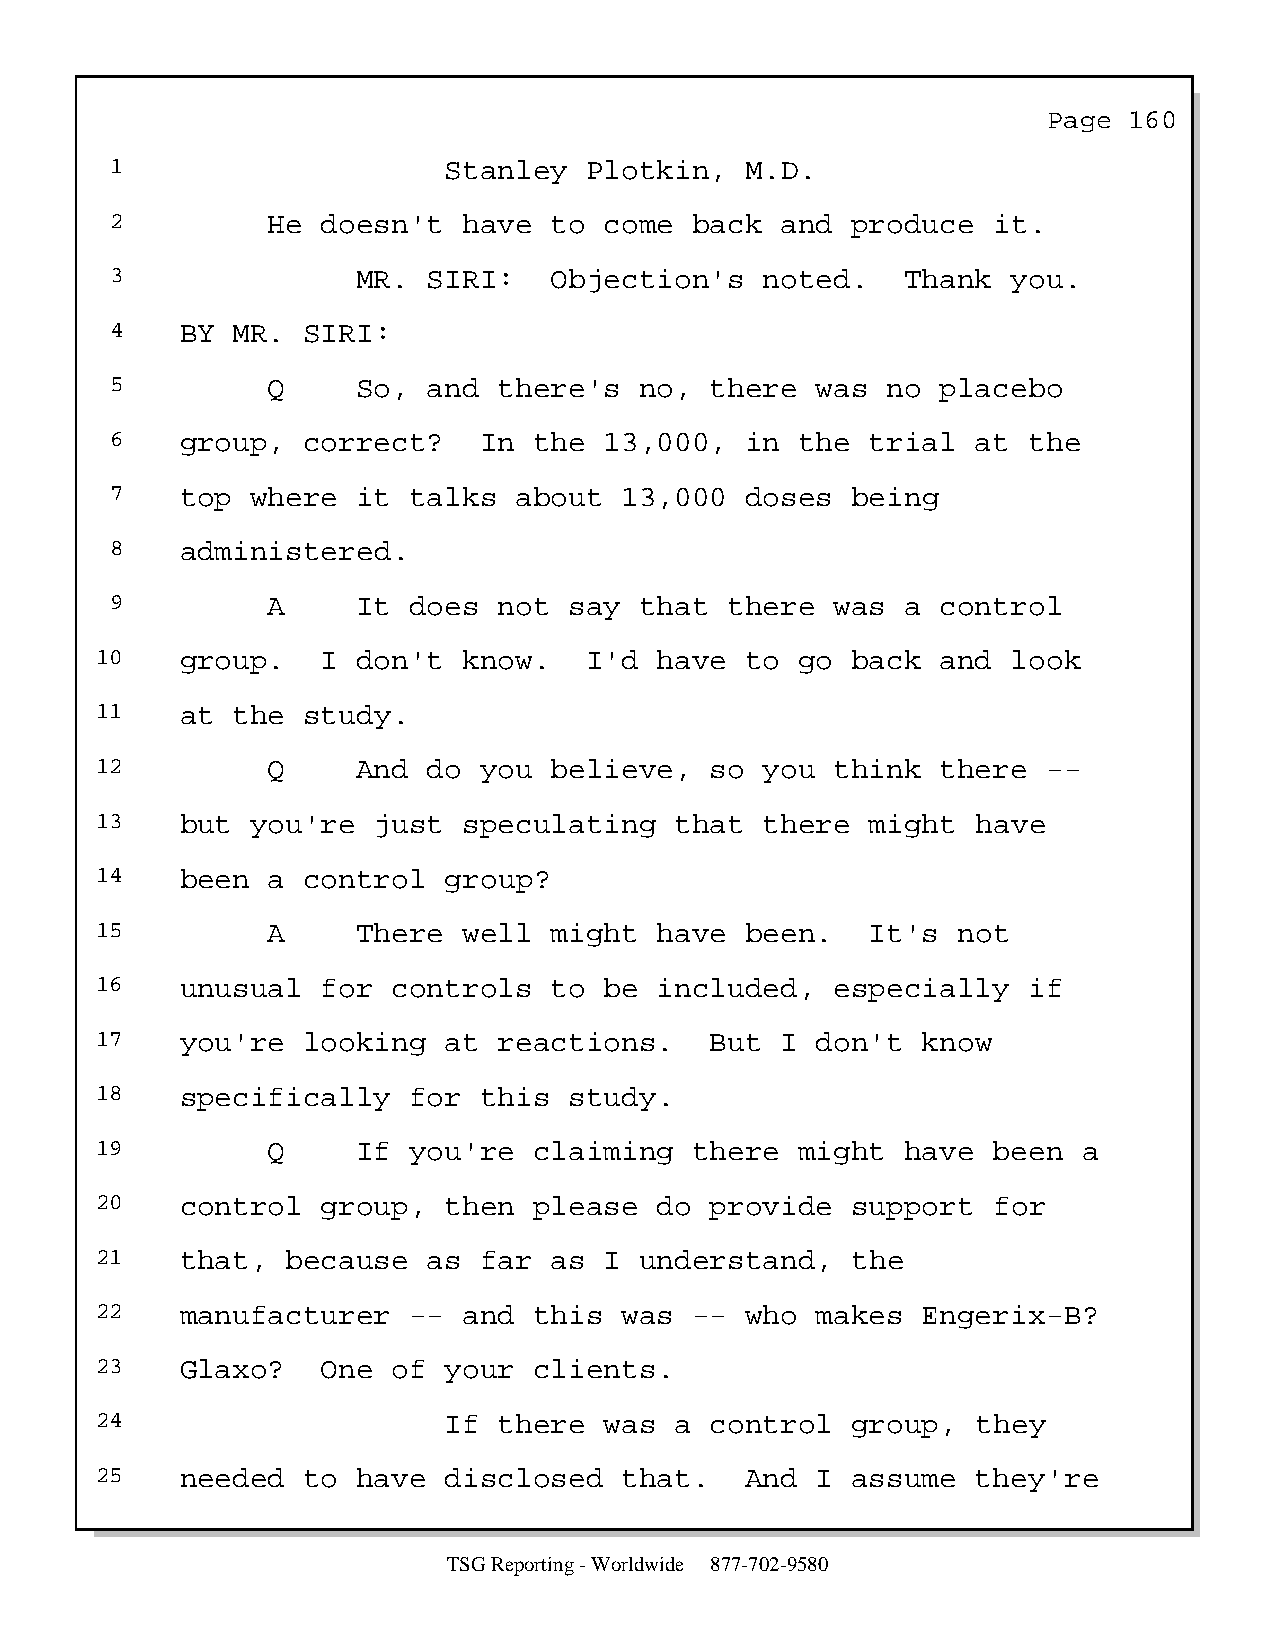
Page  160
 1                     Stanley   Plotkin,  M.D.
 2          He doesn't   have to  come  back  and produce   it.
 3                MR. SIRI:   Objection's    noted.   Thank  you.
 4    BY MR.  SIRI:
 5          Q     So, and  there's  no,  there  was  no placebo
 6    group,  correct?    In the  13,000,  in  the  trial  at the
 7    top  where  it talks  about  13,000  doses  being
 8    administered.
 9          A     It does  not  say that  there  was  a control
 10    group.   I  don't  know.   I'd  have to  go back  and  look
 11    at the  study.
 12          Q     And do  you believe,   so  you think  there  --
 13    but  you're  just  speculating   that  there  might  have
 14    been  a control  group?
 15          A     There  well might   have been.    It's not
 16    unusual  for  controls  to  be  included,  especially   if
 17    you're  looking  at  reactions.    But  I don't  know
 18    specifically   for  this  study.
 19          Q     If you're  claiming   there  might  have  been  a
 20    control  group,  then  please   do provide  support   for
 21    that,  because  as  far as  I understand,   the
 22    manufacturer   --  and this  was  -- who  makes  Engerix-B?
 23    Glaxo?   One  of your  clients.
 24                     If  there  was  a control  group,   they
 25    needed  to  have disclosed   that.   And  I assume   they're
 TSG Reporting - Worldwide 877-702-9580